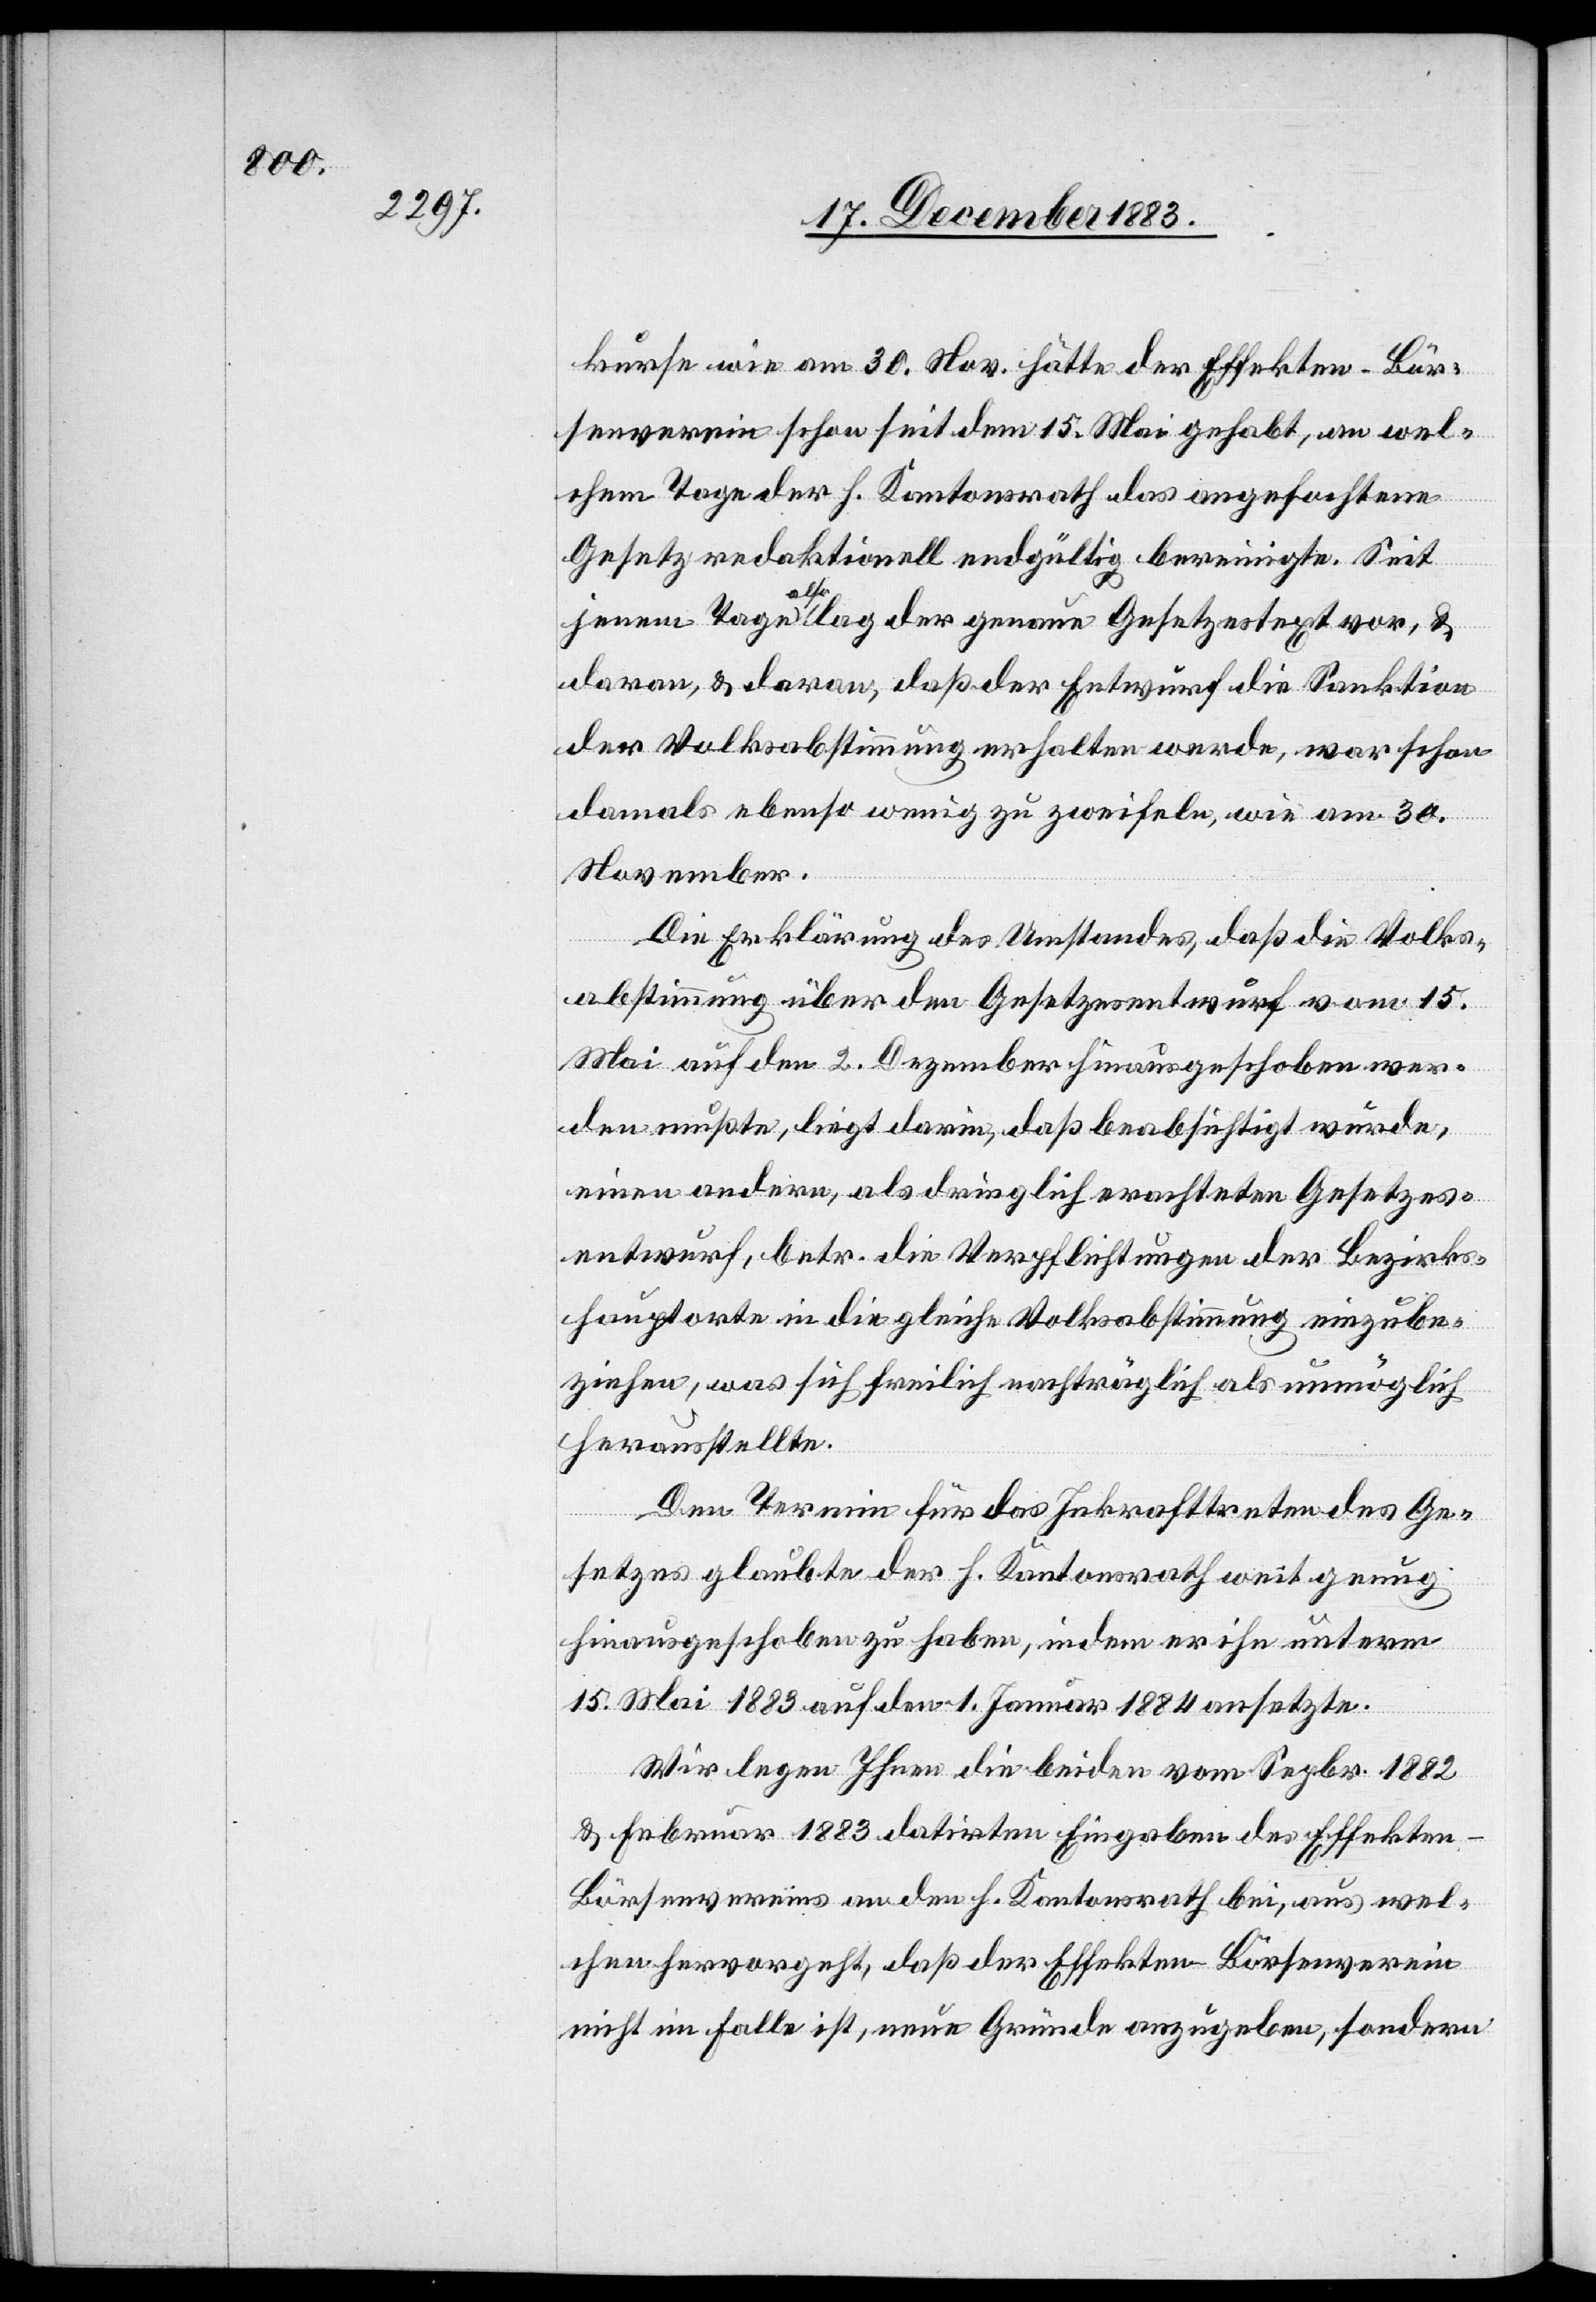
kurse wie am 30. Nov. hätte der Effekten-Bör¬
senverein schon seit dem 15. Mai gehabt, an wel¬
chem tage der h. Kantonsrath das angefochtene
Gesetz redaktionell endgültig bereinigte. Seit
jenem Tage also lag der genaue Gesetzestext vor, &
daran, & daran [sic!], daß der Entwurf die Sanktion
der Volksabstimmung erhalten werde, war schon
damals ebenso wenig zu zweifeln, wie am 30.
November.
Die Erklärung des Umstandes, daß die Volks¬
abstimmung über den Gesetzesentwurf vom 15.
Mai auf den 2. Dezember hinausgeschoben wer¬
den mußte, liegt darin, daß beabsichtigt wurde,
einen andern als dringlich erachteten Gesetzes¬
entwurf, betr. die Verpflichtungen der Bezirks¬
hauptorte in die gleiche Volksabstimmung einzube¬
ziehen, was sich freilich nachträglich als unmöglich
herausstellte.
Den Termin für das Inkrafttreten des Ge¬
setzes glaubte der h. Kantonsrath weit genug
hinausgeschoben zu haben, indem er ihn unterm
15. Mai 1883 auf den 1. Januar 1884 ansetzte.
Wir legen Ihnen die beiden vom Sep[t]br. 1882
& Februar 1883 datirten Eingaben des Effekten-B¬
örsenvereins an den h.Kantonsrath bei, aus wel¬
chen hervorgeht, daß der Effekten-Börsenverein
nicht im Falle ist, neue Gründe anzugeben, sondern